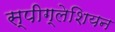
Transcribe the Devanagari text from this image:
स्पीग्लेशियन